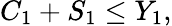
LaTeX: C_{1}+S_{1}\leq Y_{1},